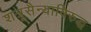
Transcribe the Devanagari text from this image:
शत्रूसैन्याविरुद्ध